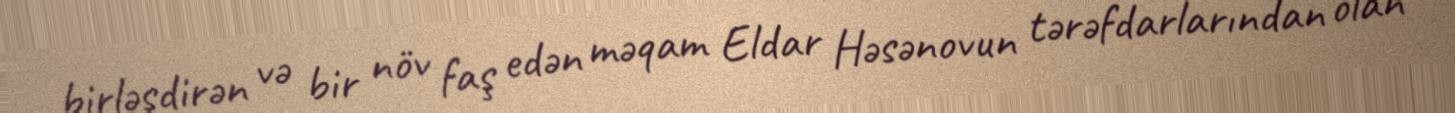
birləşdirən və bir növ faş edən məqam Eldar Həsənovun tərəfdarlarından olan